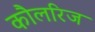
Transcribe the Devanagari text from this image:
कौलरिज